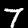
Digit: 7